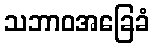
သဘာဝအခြေခံ